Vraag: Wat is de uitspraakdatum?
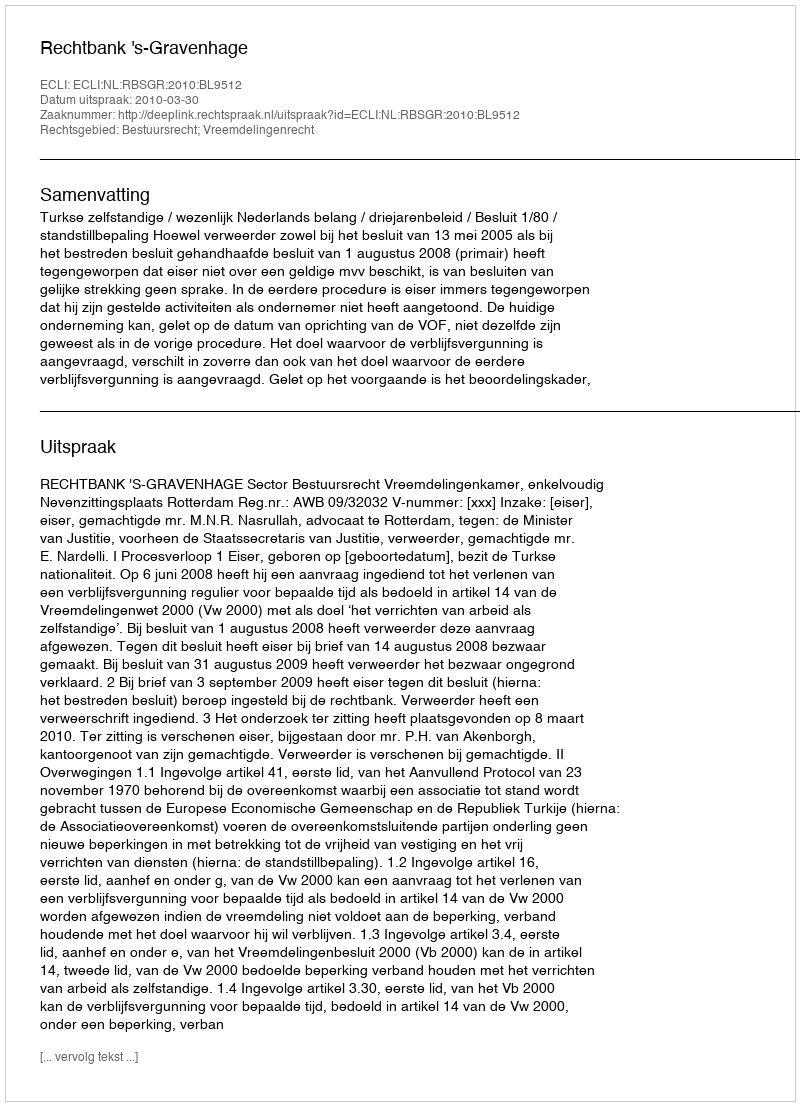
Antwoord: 2010-03-30